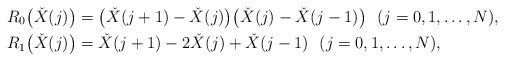
LaTeX: \begin{align*} R_0\bigl(\check{X}(j)\bigr)&= \bigl(\check{X}(j+1)-\check{X}(j)\bigr) \bigl(\check{X}(j)-\check{X}(j-1)\bigr) \ \ (j=0,1,\ldots,N), \\ R_1\bigl(\check{X}(j)\bigr)&= \check{X}(j+1)-2\check{X}(j)+\check{X}(j-1) \ \ (j=0,1,\ldots,N), \end{align*}